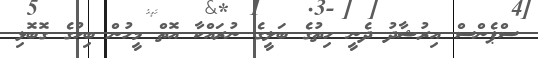
ސްޕެންސް އިރުޝާދު ދެނީ ހިތުގެ ބަލީގެ ނުރައްކާ އޮތް މީހުން ބިހުގެ ގޮބޮޅި